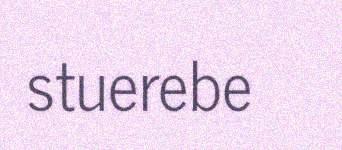
stuerebe